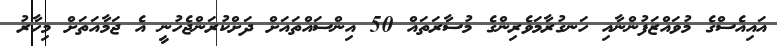
އައިއެސްގެ މުވައްޒަފުންނާއި ހަނގުރާމަވެރިންގެ މުސާރަތައް 50 އިންސައްތައަށް ދަށްކުރަންޖެހުނީ އެ ޖަމާއަތަށް މިހާރު